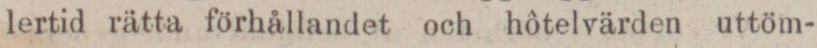
lertid rätta förhållandet och hôtelvärden uttöm-